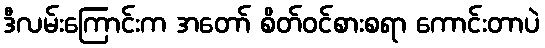
ဒီလမ်းကြောင်းက အတော် စိတ်ဝင်စားစရာ ကောင်းတာပဲ